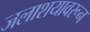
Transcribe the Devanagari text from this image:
जलाशयावरून